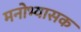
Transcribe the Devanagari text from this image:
मनोभ्यासक